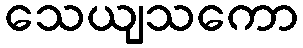
သေယျသကော